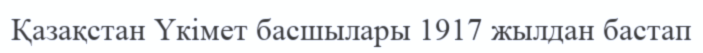
Қазақстан Үкімет басшылары 1917 жылдан бастап